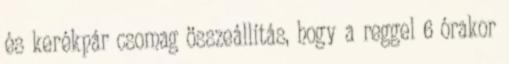
és kerékpár csomag összeállítás, hogy a reggel 6 órakor